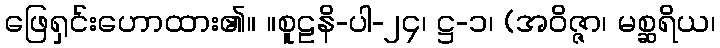
ဖြေရှင်းဟောထား၏။ ။စူဠနိ-ပါ-၂၄၊ ဋ္ဌ-၁၊ (အဝိဇ္ဇာ၊ မစ္ဆရိယ၊